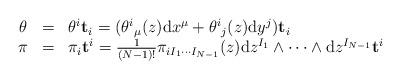
LaTeX: \begin{align*}\begin{array}{ccl} \theta & = & \theta^i \mathbf{t}_i = (\theta{^i}_\mu(z)\hbox{d}x^\mu + \theta{^i}_j(z)\hbox{d}y^j)\mathbf{t}_i \\ \pi & = & \pi_i\mathbf{t}^i = \frac{1}{(N-1)!}\pi_{iI_1\cdots I_{N-1}}(z)\hbox{d}z^{I_1}\wedge \cdots\wedge \hbox{d}z^{I_{N-1}}\mathbf{t}^i\end{array}\end{align*}